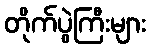
တိုက်ပွဲကြီးများ